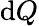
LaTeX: \mathrm{d}Q